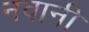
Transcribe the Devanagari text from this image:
नवानी